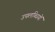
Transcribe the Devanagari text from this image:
उपलब्धियों